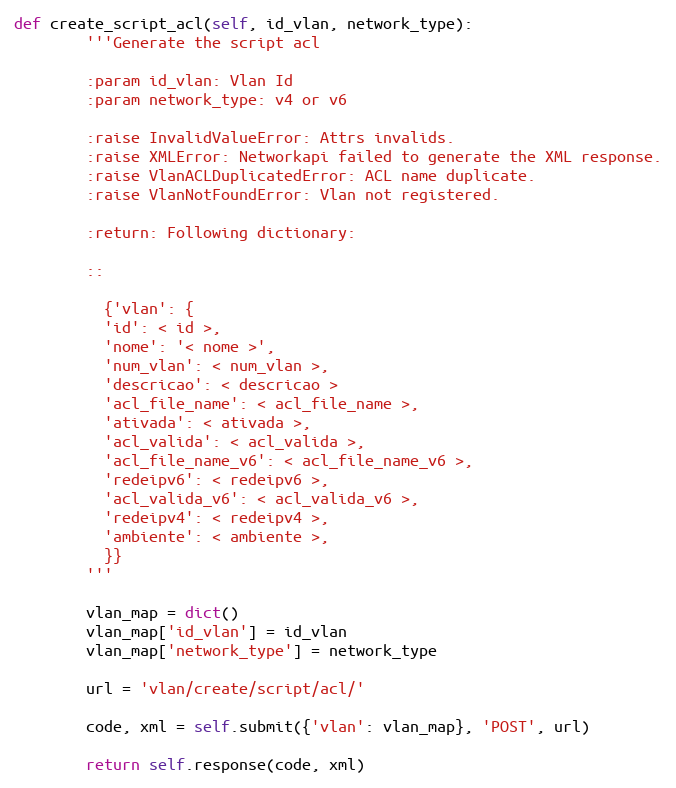
Language: Python
def create_script_acl(self, id_vlan, network_type):
        '''Generate the script acl

        :param id_vlan: Vlan Id
        :param network_type: v4 or v6

        :raise InvalidValueError: Attrs invalids.
        :raise XMLError: Networkapi failed to generate the XML response.
        :raise VlanACLDuplicatedError: ACL name duplicate.
        :raise VlanNotFoundError: Vlan not registered.

        :return: Following dictionary:

        ::

          {'vlan': {
          'id': < id >,
          'nome': '< nome >',
          'num_vlan': < num_vlan >,
          'descricao': < descricao >
          'acl_file_name': < acl_file_name >,
          'ativada': < ativada >,
          'acl_valida': < acl_valida >,
          'acl_file_name_v6': < acl_file_name_v6 >,
          'redeipv6': < redeipv6 >,
          'acl_valida_v6': < acl_valida_v6 >,
          'redeipv4': < redeipv4 >,
          'ambiente': < ambiente >,
          }}
        '''

        vlan_map = dict()
        vlan_map['id_vlan'] = id_vlan
        vlan_map['network_type'] = network_type

        url = 'vlan/create/script/acl/'

        code, xml = self.submit({'vlan': vlan_map}, 'POST', url)

        return self.response(code, xml)